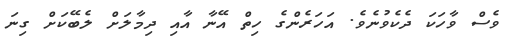
ވެސް ވާހަކަ ދެކެވުނެވެ. އަހަރެންގެ ހިތް އޭނާ އާއި ދިމާލަށް ލެބޭކަށް ގިނަ